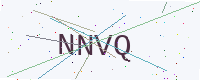
Text: NNVQ